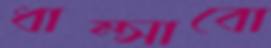
ধাম্‌সাবো